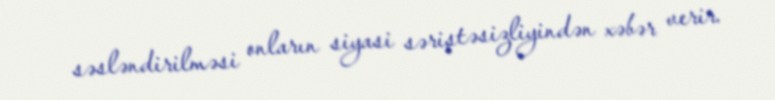
səsləndirilməsi onların siyasi səriştəsizliyindən xəbər verir.